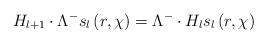
LaTeX: \begin{align*}H_{l+1}\cdot \Lambda ^{-}s_{l}\left( r,\chi \right) =\Lambda^{-}\cdot H_{l}s_{l}\left( r,\chi \right)\end{align*}